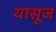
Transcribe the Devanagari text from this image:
यासूज